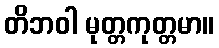
တိဘဝါ မုတ္တကုတ္တမာ။